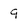
Character: 9